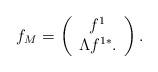
LaTeX: \begin{align*}f_M=\left(\begin{array}{c}f^1\\\Lambda f^{1*}.\end{array}\right).\end{align*}